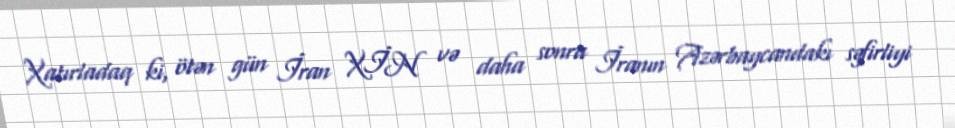
Xatırladaq ki, ötən gün İran XİN və daha sonra İranın Azərbaycandakı səfirliyi